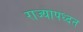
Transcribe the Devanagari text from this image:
राज्यापध्दत